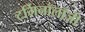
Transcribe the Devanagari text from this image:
टर्मिनॉलॉजी